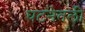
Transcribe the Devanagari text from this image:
घटनेतली